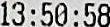
13:50:58